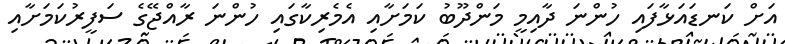
އަށް ކަނޑައަޅާފައި ހުންނަ ދާއިމީ މަންދޫބު ކަމަށާއި އެމެރިކާގައި ހުންނަ ރާއްޖޭގެ ސަފީރުކަމަށާއި